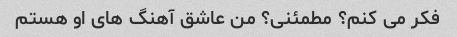
فکر می کنم؟ مطمئنی؟ من عاشق آهنگ های او هستم